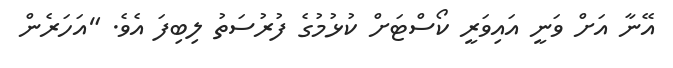
އޭނާ އަށް ވަނީ އައިވަރީ ކޯސްޓަށް ކުޅުމުގެ ފުރުސަތު ލިބިފަ އެވެ. "އަހަރެން